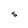
Character: S